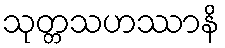
သုတ္တသဟဿာနိ